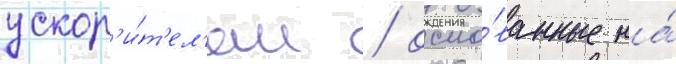
ускор'и́т'ел'ем / осно́ванные на́